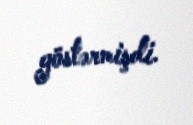
göstərmişdi.